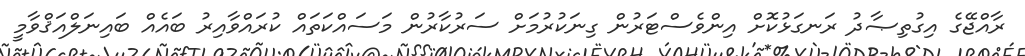
ރާއްޖޭގެ އިގުތިޞާދު ރަނގަޅުކޮށް އިންވެސްޓަރުން ގިނަކުރުމަށް ސަރުކާރުން މަސައްކަތައް ކުރައްވާއިރު ބައެއް ބައިނަލްއަޤްވާމީ